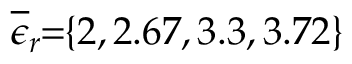
\! \! \! \! \! \! \! \! \! \! \! \! \! \! \! \! \! \! \overline { { \epsilon } } _ { r } \! \! = \! \! \{ 2 , 2 . 6 7 , 3 . 3 , 3 . 7 2 \} \! \! \!